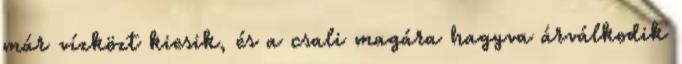
már vízközt kiesik, és a csali magára hagyva árválkodik